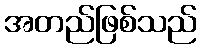
အတည်ဖြစ်သည်